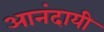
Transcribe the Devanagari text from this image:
आनंदायी